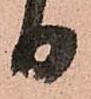
日